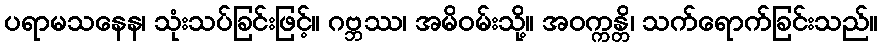
ပရာမသနေန၊ သုံးသပ်ခြင်းဖြင့်။ ဂဗ္ဘဿ၊ အမိဝမ်းသို့။ အဝက္ကန္တိ၊ သက်ရောက်ခြင်းသည်။